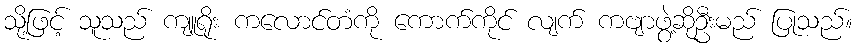
သို့ဖြင့် သူသည် ကျူရိုး ကလောင်တံကို ကောက်ကိုင် လျက် ကဗျာဖွဲ့ဆိုဦးမည် ပြုသည်။